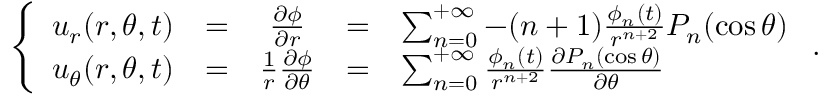
\left\{ \begin{array} { r c c c l } { u _ { r } ( r , \theta , t ) } & { = } & { \frac { \partial \phi } { \partial r } } & { = } & { \sum _ { n = 0 } ^ { + \infty } - ( n + 1 ) \frac { \phi _ { n } ( t ) } { r ^ { n + 2 } } P _ { n } ( \cos \theta ) } \\ { u _ { \theta } ( r , \theta , t ) } & { = } & { \frac { 1 } { r } \frac { \partial \phi } { \partial \theta } } & { = } & { \sum _ { n = 0 } ^ { + \infty } \frac { \phi _ { n } ( t ) } { r ^ { n + 2 } } \frac { \partial P _ { n } ( \cos \theta ) } { \partial \theta } } \end{array} \right. .